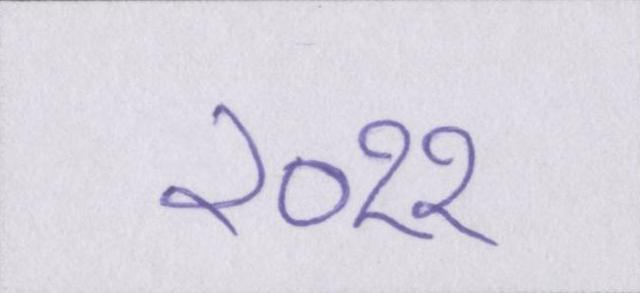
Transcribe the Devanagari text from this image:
२०११